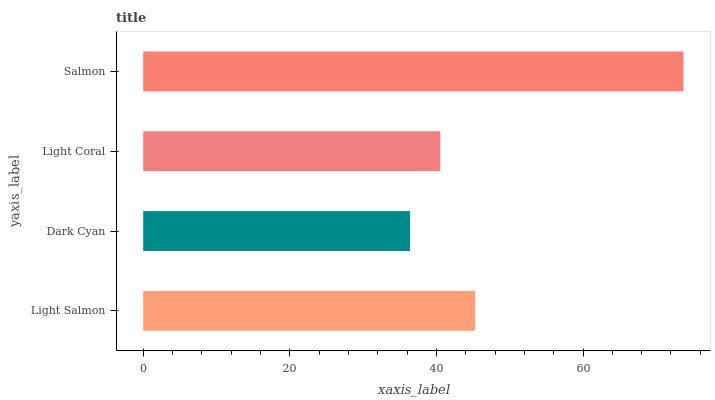
| yaxis_label | bars |
 | --- | --- |
 | Light Salmon | 45.3 |
 | Dark Cyan | 36.4 |
 | Light Coral | 40.5 |
 | Salmon | 73.7 |